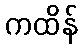
ကထိန်